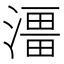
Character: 𭲔